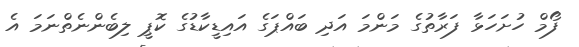
ފޯމް ހުށަހަޅާ ފަރާތުގެ މަންމަ އަދި ބައްޕަގެ އައިޑީކާޑުގެ ކޮޕީ ލިބެންނެތްނަމަ އެ